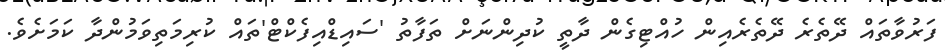
ފަރުވާތައް ދޭތެރެ ދޭތެރެއިން ހުއްޓިގެން ދާތީ ކުދިންނަށް ތަފާތު 'ސައިޑްއިފެކްޓް'ތައް ކުރިމަތިވަމުންދާ ކަމަށެވެ.